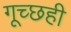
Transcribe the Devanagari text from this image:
गूच्छही